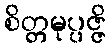
စိတ္တမုပ္ပဇ္ဇိ